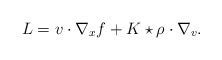
LaTeX: \begin{align*}L= v \cdot \nabla_x f + K \star \rho \cdot \nabla_v .\end{align*}